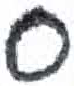
אות: ס